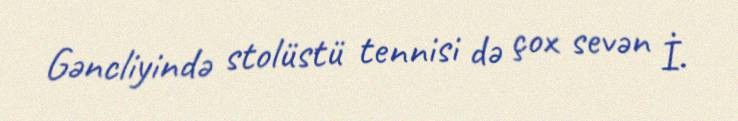
Gəncliyində stolüstü tennisi də çox sevən İ.